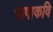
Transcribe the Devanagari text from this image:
भाषाकवि